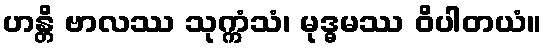
ဟန္တိ ဗာလဿ သုက္ကံသံ၊ မုဒ္ဓမဿ ဝိပါတယံ။